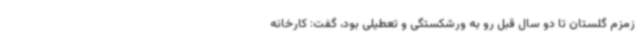
زمزم گلستان تا دو سال قبل رو به ورشکستگی و تعطیلی بود، گفت: کارخانه